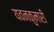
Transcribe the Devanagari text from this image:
यवनकुमारी